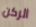
الركن